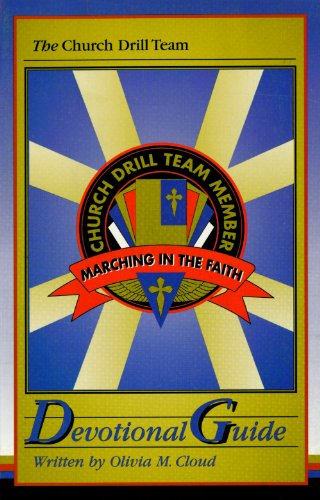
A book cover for Church Drill Team Devotional Guide; Olivia M. Cloud; Christian Books & Bibles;